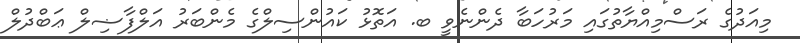
މިއަދުގެ ރަސްމިއްޔާތުގައި މަރުހަބާ ދެންނެވީ ބ. އަތޮޅު ކައުންސިލްގެ މެންބަރު އަލްފާޟިލް ޢަބްދުލް